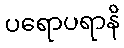
ပရောပရာနိ